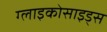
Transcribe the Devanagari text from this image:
ग्लाइकोसाइड्स